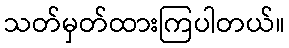
သတ်မှတ်ထားကြပါတယ်။